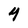
Character: 4